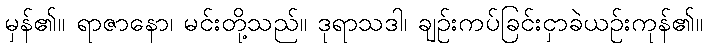
မှန်၏။ ရာဇာနော၊ မင်းတို့သည်။ ဒုရာသဒါ၊ ချဉ်းကပ်ခြင်းငှာခဲယဉ်းကုန်၏။